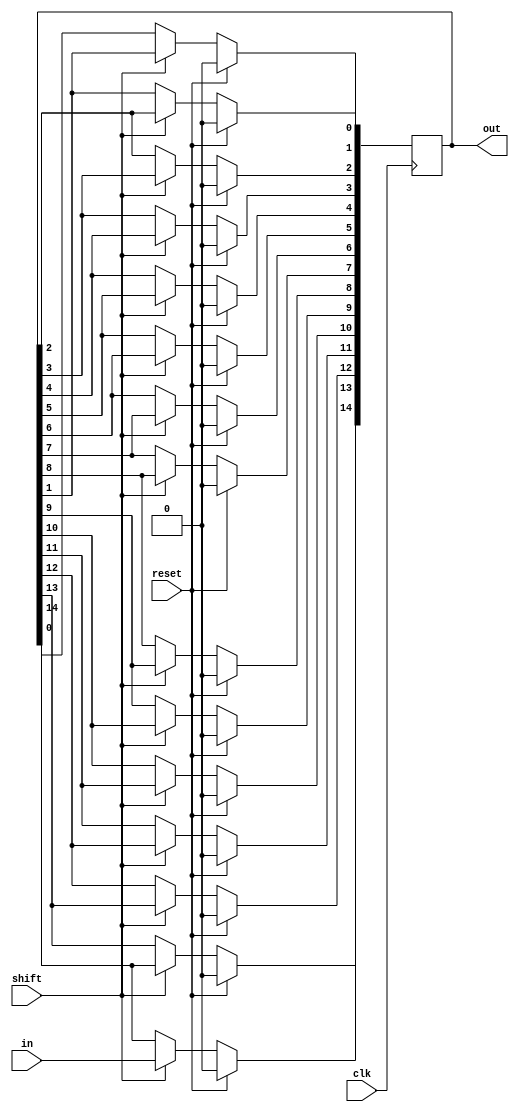
module decoder_shifter_15(input clk,
          input in,
          input reset,
          input shift,
          output reg [14:0]out);
  always @(posedge clk)
    begin
      if(reset==1'b1)
        begin
          out<=15'b000000000000000;
        end
      else if(shift==1'b1)
        begin
		    out[14]<=in;
          out[13]<=out[14];
          out[12]<=out[13];
          out[11]<=out[12];
          out[10]<=out[11];
          out[9]<=out[10];
          out[8]<=out[9];
          out[7]<=out[8];
			 
          out[6]<=out[7];
          out[5]<=out[6];
          out[4]<=out[5];
			 out[3]<=out[4];
			 
          out[2]<=out[3];
          out[1]<=out[2];
          out[0]<=out[1];
        end
        end
   
      endmodule